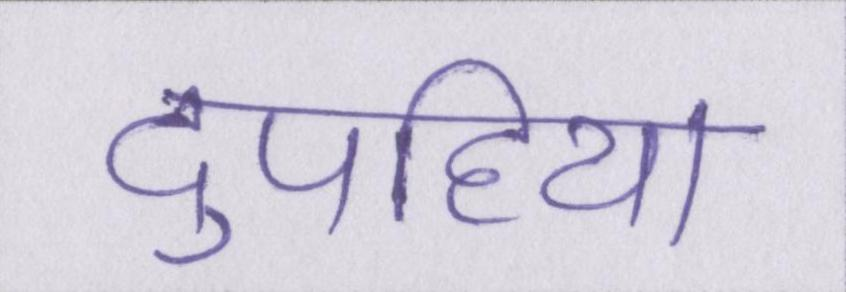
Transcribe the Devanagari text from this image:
दुपहिया